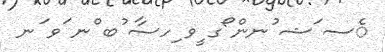
ެސ ަޝ ުނން ޯގ ީވ ިހސާ ުބ ްނ ަވ ަނ